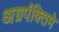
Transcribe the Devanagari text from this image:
अग्रपंक्तिमे